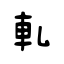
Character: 軋